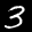
Label: 3